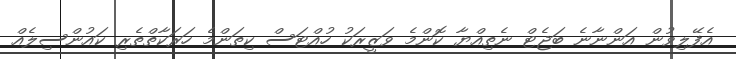
އެފޭލިވުން އަންނާނެ ބަޖެޓް ނެތިއްޔާ ކޮންމެ ވަޒީރަކު ހުއްޓަސް ކިތަންމެ ހަރަކާތްތެރި ކައުންސިލެއް